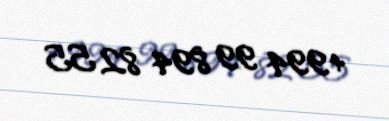
+994 99 894 82 55